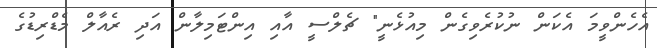
އެހެންވީމަ އެކަން ނުކުރެވިގެން މިއުޅެނީ" ޗެލްސީ އާއި އިންޓަމިލާން އަދި ރެއާލް މެޑްރިޑުގެ